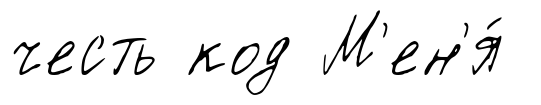
честь код М'ен'я́